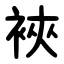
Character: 裌